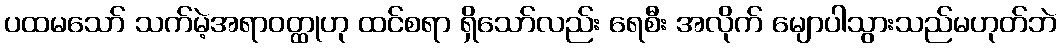
ပထမသော် သက်မဲ့အရာဝတ္ထုဟု ထင်စရာ ရှိသော်လည်း ရေစီး အလိုက် မျောပါသွားသည်မဟုတ်ဘဲ